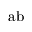
\mathrm { a b }